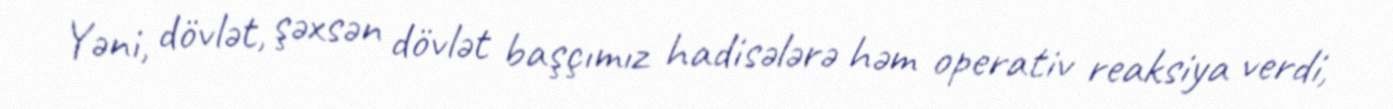
Yəni, dövlət, şəxsən dövlət başçımız hadisələrə həm operativ reaksiya verdi,